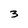
Character: 3